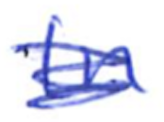
Text: In
Cross-out: mix
Writing tool: ballpoint